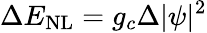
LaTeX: \Delta E_{\mathrm{NL}}=g_{c}\Delta|\psi|^{2}